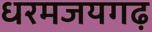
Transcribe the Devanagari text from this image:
धरमजयगढ़